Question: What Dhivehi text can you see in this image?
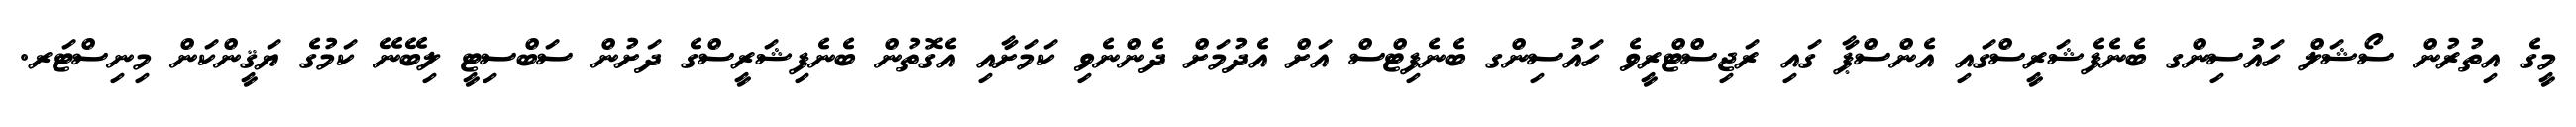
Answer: މީގެ އިތުރުން ސޯޝަލް ހައުސިންގ ބެނެފެޝަރީސްގައި އެންސްޕާ ގައި ރަޖިސްޓްރީވެ ހައުސިންގ ބެނެފިޓްސް އަށް އެދުމަށް ދެންނެވި ކަމަށާއި އެގޮތުން ބެނެފިޝަރީސްގެ ދަށުން ސަބްސިޓީ ލިބޭނޭ ކަމުގެ ޔަޤީންކަން މިނިސްޓަރ.